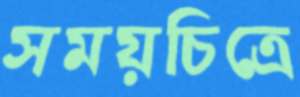
সময়চিত্রে